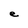
Character: e